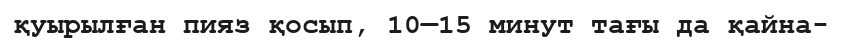
қуырылған пияз қосып, 10—15 минут тағы да қайна-